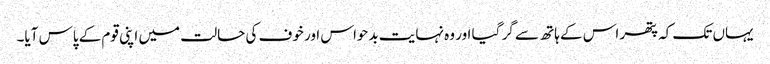
یہاں تک کہ پتھر اس کے ہاتھ سے گر گیا اور وہ نہایت بدحواس اور خوف کی حالت میں اپنی قوم کے پاس آیا۔